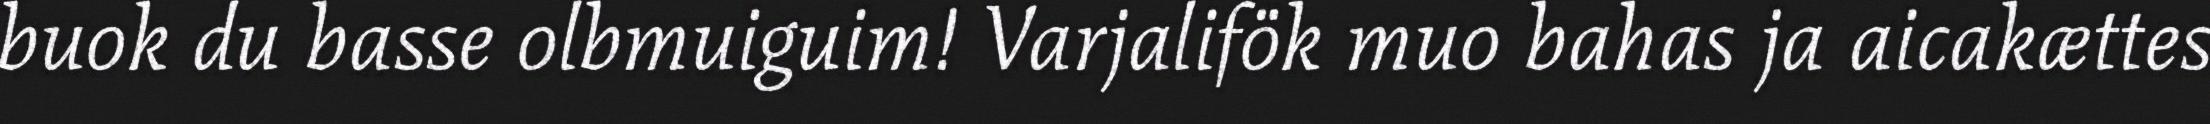
buok du basse olbmuiguim! Varjalifök muo bahas ja aicakættes